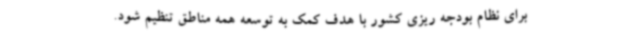
برای نظام بودجه ریزی کشور با هدف کمک به توسعه همه مناطق تنظیم شود.